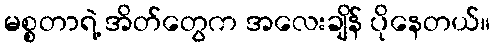
မစ္စတာရဲ့ အိတ်တွေက အလေးချိန် ပိုနေတယ်။